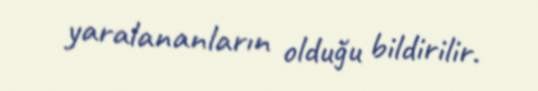
yaralananların olduğu bildirilir.